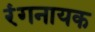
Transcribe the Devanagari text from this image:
रंगनायक